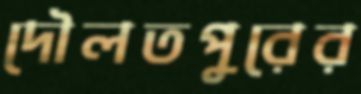
দৌলতপুরের